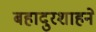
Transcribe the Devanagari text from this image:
बहादुरशाहने